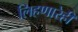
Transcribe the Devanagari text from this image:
लिहणारेही